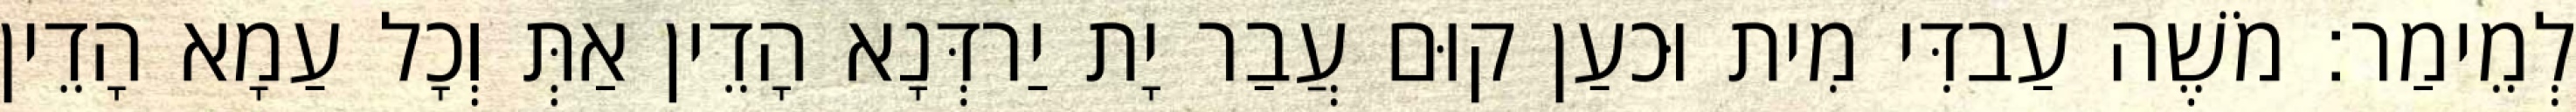
לְמֵימַר׃ מֹשֶׁה עַבדִּי מִית וּכעַן קוּם עֲבַר יָת יַרדְּנָא הָדֵין אַתְּ וְכָל עַמָא הָדֵין